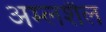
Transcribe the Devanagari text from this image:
अम्लशैल